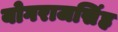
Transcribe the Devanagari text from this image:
योगराजसिंह